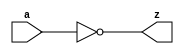
module tt_prim_inv #(
	parameter integer HIGH_DRIVE = 0
)(
	input  wire a,
	output wire z
);

	assign z = ~a;

endmodule